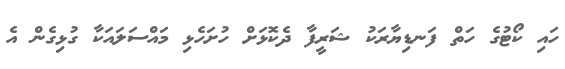
ހައި ކޯޓުގެ ހަތް ފަނޑިޔާރަކު ޝަރީފާ ދެކޮޅަށް ހުށަހެޅި މައްސަލައަކާ ގުޅިގެން އެ